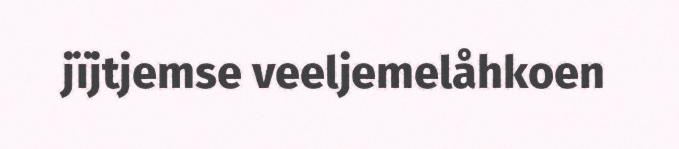
jïjtjemse veeljemelåhkoen